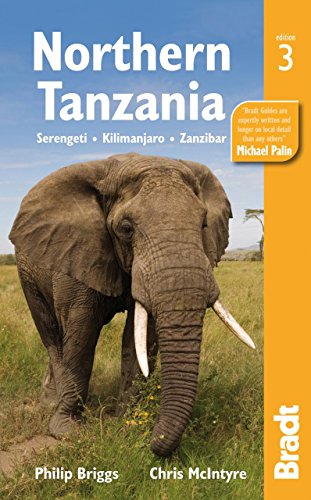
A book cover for Northern Tanzania: Serengeti, Kilimanjaro, Zanzibar; Philip Briggs; Travel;